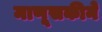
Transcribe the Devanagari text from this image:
माणूसकीने